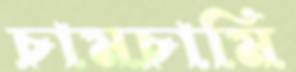
চামচামি